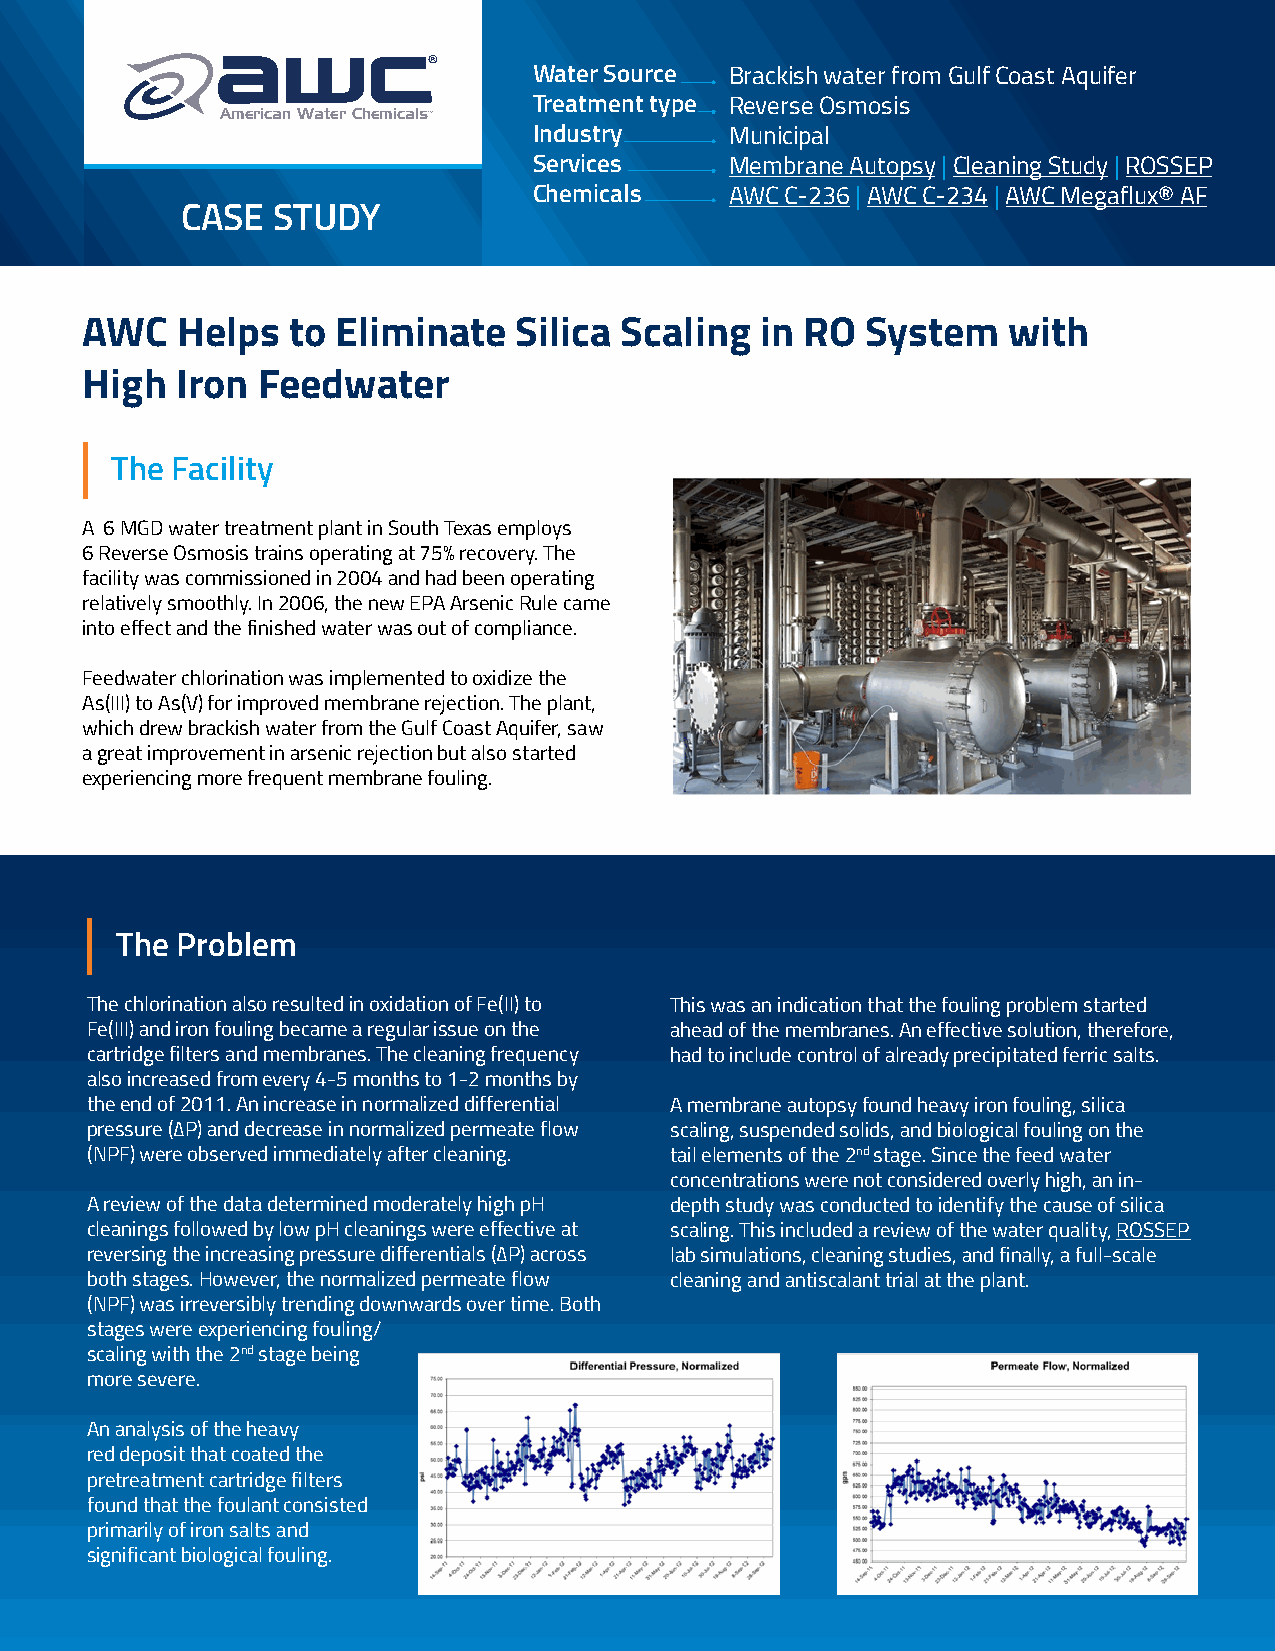
Water Source Brackish water from Gulf Coast Aquifer
 Treatment type Reverse Osmosis
 American Water Chemicals
 Industry     Municipal
 Services     Membrane Autopsy | Cleaning Study | ROSSEP
 Chemicals    AWC C-236 | AWC C-234 | AWC Megaflux® AF
 CASE  STUDY
 AWC    Helps  to Eliminate   Silica Scaling  in RO  System    with
 High   Iron Feedwater
 The Facility
 A 6 MGD water treatment plant in South Texas employs
 6 Reverse Osmosis trains operating at 75% recovery. The
 facility was commissioned in 2004 and had been operating
 relatively smoothly. In 2006, the new EPA Arsenic Rule came
 into effect and the finished water was out of compliance.
 Feedwater chlorination was implemented to oxidize the
 As(III) to As(V) for improved membrane rejection. The plant,
 which drew brackish water from the Gulf Coast Aquifer, saw
 a great improvement in arsenic rejection but also started
 experiencing more frequent membrane fouling.
 The Problem
 The chlorination also resulted in oxidation of Fe(II) to This was an indication that the fouling problem started
 Fe(III) and iron fouling became a regular issue on the ahead of the membranes. An effective solution, therefore,
 cartridge filters and membranes. The cleaning frequency had to include control of already precipitated ferric salts.
 also increased from every 4-5 months to 1-2 months by
 the end of 2011. An increase in normalized differential A membrane autopsy found heavy iron fouling, silica
 pressure (ΔP) and decrease in normalized permeate flow scaling, suspended solids, and biological fouling on the
 (NPF) were observed immediately after cleaning. tail elements of the 2nd stage. Since the feed water
 concentrations were not considered overly high, an in-
 A review of the data determined moderately high pH depth study was conducted to identify the cause of silica
 cleanings followed by low pH cleanings were effective at scaling. This included a review of the water quality, ROSSEP
 reversing the increasing pressure differentials (ΔP) across lab simulations, cleaning studies, and finally, a full-scale
 both stages. However, the normalized permeate flow cleaning and antiscalant trial at the plant.
 (NPF) was irreversibly trending downwards over time. Both
 stages were experiencing fouling/
 scaling with the 2nd stage being
 more severe.
 An analysis of the heavy
 red deposit that coated the
 pretreatment cartridge filters
 found that the foulant consisted
 primarily of iron salts and
 significant biological fouling.